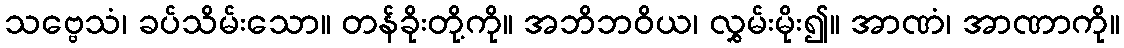
သဗ္ဗေသံ၊ ခပ်သိမ်းသော။ တန်ခိုးတို့ကို။ အဘိဘဝိယ၊ လွှမ်းမိုး၍။ အာဏံ၊ အာဏာကို။